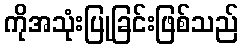
ကိုအသုံးပြုခြင်းဖြစ်သည်